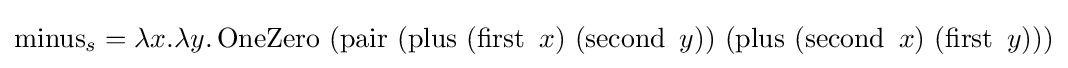
\operatorname {minus} _{s}=\lambda x.\lambda y.\operatorname {OneZero} \ (\operatorname {pair} \ (\operatorname {plus} \ (\operatorname {first} \ x)\ (\operatorname {second} \ y))\ (\operatorname {plus} \ (\operatorname {second} \ x)\ (\operatorname {first} \ y)))